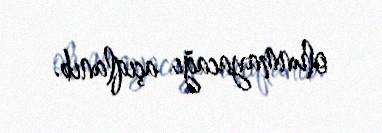
olunmayacağı açıqlanıb.